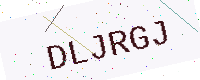
Text: DLJRGJ